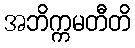
အဘိက္ကမတီတိ